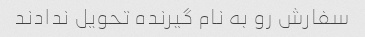
سفارش رو به نام گیرنده تحویل ندادند